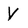
Character: V